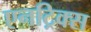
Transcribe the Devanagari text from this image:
एनट्रिक्स